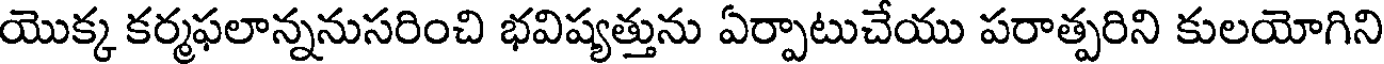
యొక్క కర్మఫలాన్ననుసరించి భవిష్యత్తును ఏర్పాటుచేయు పరాత్పరిని కులయోగిని